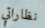
نظاراتي